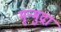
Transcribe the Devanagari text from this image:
मृन्मुद्रा